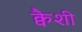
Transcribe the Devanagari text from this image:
क्वैशी